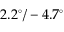
2 . 2 ^ { \circ } / - 4 . 7 ^ { \circ }